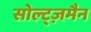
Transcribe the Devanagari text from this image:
सोल्ट्ज़मैन